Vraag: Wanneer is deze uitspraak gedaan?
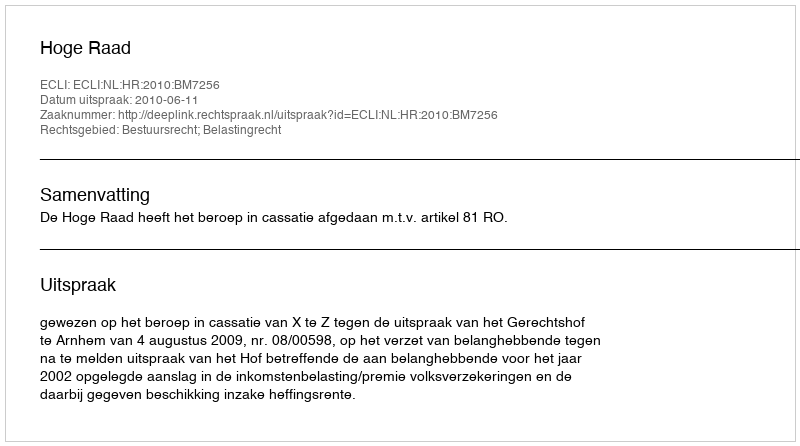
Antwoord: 2010-06-11